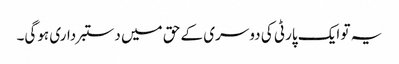
یہ تو ایک پارٹی کی دوسری کے حق میں دستبرداری ہوگی۔